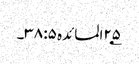
۲۵؂المائدہ ۵: ۳۸۔